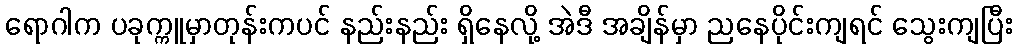
ရောဂါက ပခုက္ကူမှာတုန်းကပင် နည်းနည်း ရှိနေလို့ အဲဒီ အချိန်မှာ ညနေပိုင်းကျရင် သွေးကျပြီး